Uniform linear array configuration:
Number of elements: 4
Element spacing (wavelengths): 0.75
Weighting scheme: exponential
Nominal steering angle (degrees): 15
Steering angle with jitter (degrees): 15.869
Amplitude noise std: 0.05
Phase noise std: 0.05

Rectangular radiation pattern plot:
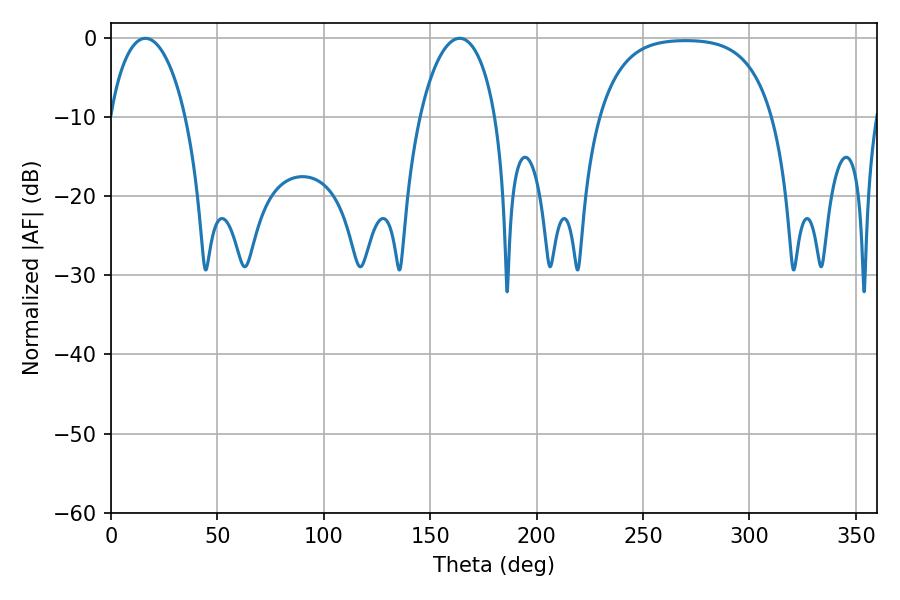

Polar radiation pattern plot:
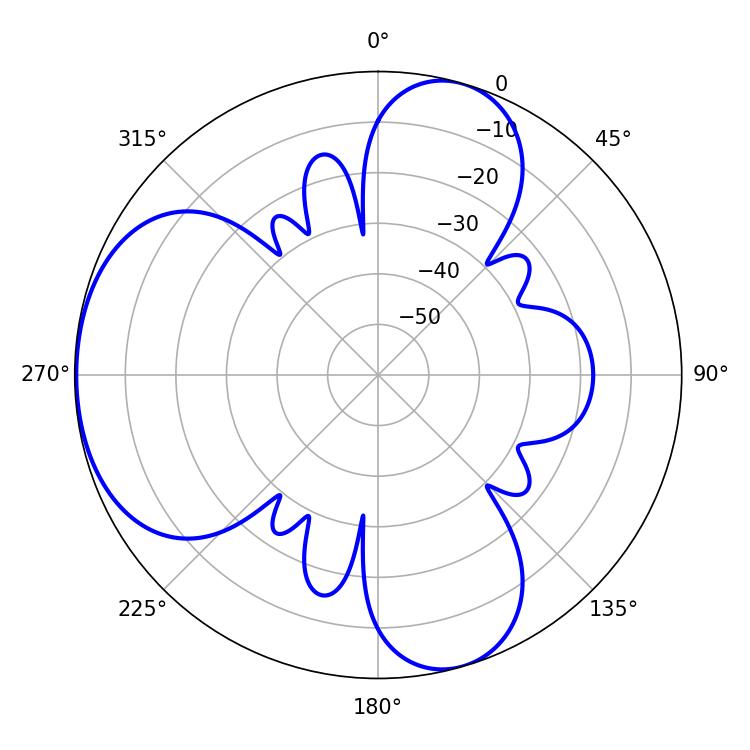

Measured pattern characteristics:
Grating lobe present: TRUE
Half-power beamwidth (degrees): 20.34
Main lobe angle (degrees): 16.2